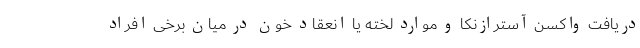
دریافت واکسن آسترازنکا و موارد لخته یا انعقاد خون در میان برخی افراد